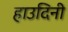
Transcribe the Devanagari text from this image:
हाउदिनी